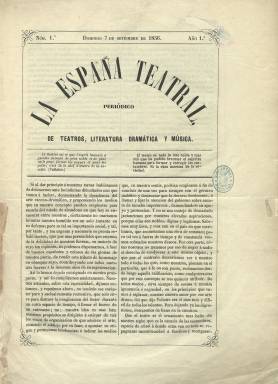
Título: La España teatral
Colección: Teatro
Ámbito geográfico: Madrid
Lugar de publicación: Madrid
Fechas: 07/09/1856-12/10/1856

Este “periódico de teatros, literatura dramática y música”, como indica el subtítulo, publicó sólo seis entregas, desde el siete de septiembre al doce de octubre de 1856, de ocho páginas cada una, compuestas a dos columnas, y salió de la Imprenta de la Esperanza, excepto su número ocho, que lo fue de la de F. Bona. Apareció cada domingo.

Probablemente su director fue Federico Pérez de Molina (Hartzenbusch: 1894), quién, además de firmar el artículo de presentación, es el autor de los que inician cada entrega, firmando siempre con sus iniciales: F.P. de M.

También los demás autores de sus textos firman con iniciales, como es el caso de L.M.B, que se corresponde con Leopoldo María Bremón (1837-1914), del que se conserva en la Biblioteca Nacional de España una carta manuscrita que dirige a Francisco A. Barbieri (1823-1894) anunciándole, precisamente, la aparición de este periódico.

Sus textos llevan epígrafes como Crítica dramática, Crítica escenográfica, Variedades o Costumbres, o versan sobre el arte dramático, el teatro antiguo, los poetas provenzales (números 1 y 3) o sobre precios y actores (números 2 y 5).

Tiene la sección fija Crónica de teatros, tanto del extranjero, como de provincias y de Madrid. También aparecerá en su tercera entrega otro artículo sobre la necesidad e importancia del establecimiento de una escuela de declamación (Gómez Rea: 1995). Aunque su contenido es escasamente musical (Torres Mulas; 1991), esta sección es firmada por A.M.M.

La cuarta plana la reservó para anuncios de obras nuevas tanto líricas como dramáticas y a informar sobre el establecimiento de una Agencia teatral, pero sin éxito.

Esta publicación fue absorbida por La Zarzuela (1856-1857), que también absorberá un mes después a El Agente de los teatros (1855-1856), y que terminará refundiéndose con La Gaceta musical de Madrid (1855).